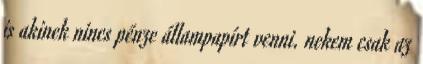
is akinek nincs pénze állampapírt venni. nekem csak az